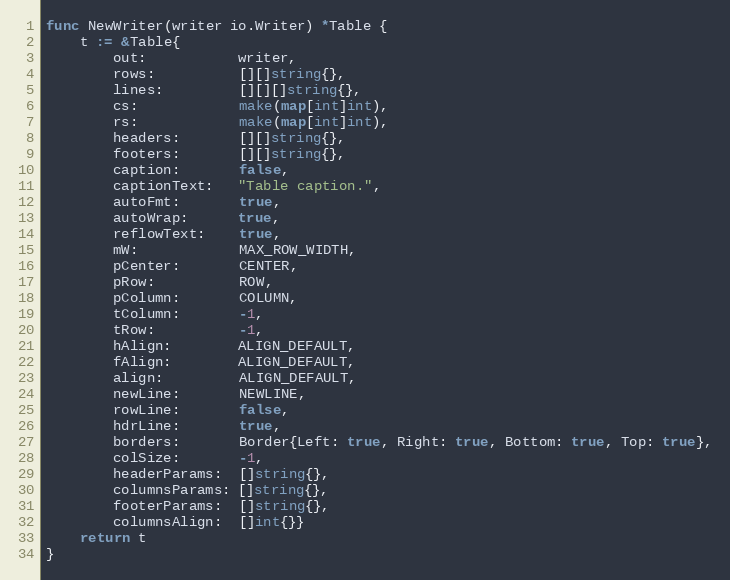
Language: Go
func NewWriter(writer io.Writer) *Table {
	t := &Table{
		out:           writer,
		rows:          [][]string{},
		lines:         [][][]string{},
		cs:            make(map[int]int),
		rs:            make(map[int]int),
		headers:       [][]string{},
		footers:       [][]string{},
		caption:       false,
		captionText:   "Table caption.",
		autoFmt:       true,
		autoWrap:      true,
		reflowText:    true,
		mW:            MAX_ROW_WIDTH,
		pCenter:       CENTER,
		pRow:          ROW,
		pColumn:       COLUMN,
		tColumn:       -1,
		tRow:          -1,
		hAlign:        ALIGN_DEFAULT,
		fAlign:        ALIGN_DEFAULT,
		align:         ALIGN_DEFAULT,
		newLine:       NEWLINE,
		rowLine:       false,
		hdrLine:       true,
		borders:       Border{Left: true, Right: true, Bottom: true, Top: true},
		colSize:       -1,
		headerParams:  []string{},
		columnsParams: []string{},
		footerParams:  []string{},
		columnsAlign:  []int{}}
	return t
}